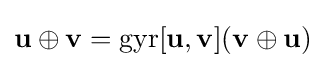
\mathbf {u} \oplus \mathbf {v} =\mathrm {gyr} [\mathbf {u} ,\mathbf {v} ](\mathbf {v} \oplus \mathbf {u} )